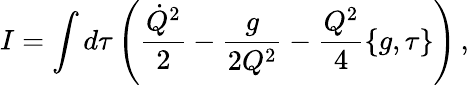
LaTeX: I=\int d\tau\left(\frac{\dot{Q}^{2}}{2}-\frac{g}{2Q^{2}}-\frac{Q^{2}}{4}\{ g,\tau\} \right)\, ,